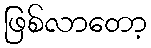
ဖြစ်လာတော့